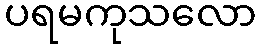
ပရမကုသလော